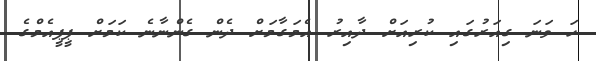
ހަ ވަނަ ގިއަރުގައި ކުރިއަށް ދާއިރު އެމަގާމަށް ދެން ގެންނާނެ ކަމަށް ޕީޕީއެމްގެ